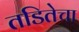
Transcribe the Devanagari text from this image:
तडितेचा